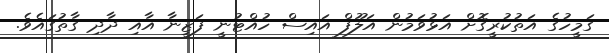
ގަމީހުގެ އަތުކުރީގޮށް އަޅުވަމުން އަލޫފް އައިސް ހުއްޓުނީ ފަޒީނާ އާއި ދާދި ގާތުގައެވެ.